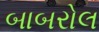
બાબરોલ